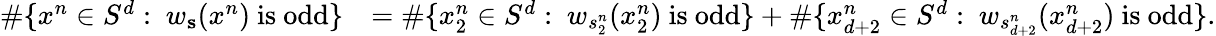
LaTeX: \begin{array}{rl}{\# \{ x^{n}\in S^{d}:\ w_{\mathbf{s}}(x^{n})\mathrm{~is~odd}\} }&{=\# \{ x_{2}^{n}\in S^{d}:\ w_{s_{2}^{n}}(x_{2}^{n})\mathrm{~is~odd}\} +\# \{ x_{d+2}^{n}\in S^{d}:\ w_{s_{d+2}^{n}}({x_{d+2}^{n}})\mathrm{~is~odd}\} .}\end{array}